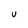
Character: u